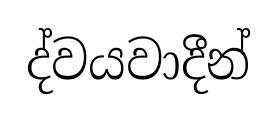
ද්වයවාදීන්